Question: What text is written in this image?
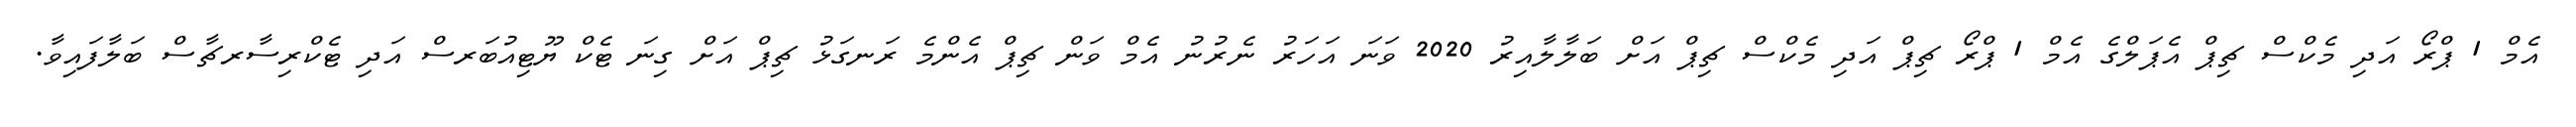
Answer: އެމް 1 ޕްރޯ އަދި މެކްސް ޗިޕް އެޕަލްގެ އެމް 1 ޕްރޯ ޗިޕް އަދި މެކްސް ޗިޕް އަށް ބަލާލާއިރު 2020 ވަނަ އަހަރު ނެރުނު އެމް ވަން ޗިޕް އެންމެ ރަނގަޅު ޗިޕް އަށް ގިނަ ޓެކް ޔޫޓިއުބަރސް އަދި ޓެކްރިސާރޗާސް ބަލާފައިވާ.